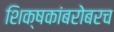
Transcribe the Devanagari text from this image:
शिक्षकांबरोबरच